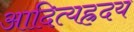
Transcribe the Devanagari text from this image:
आदित्यह्रदय